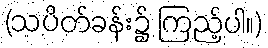
(သပိတ်ခန်း၌ ကြည့်ပါ။)